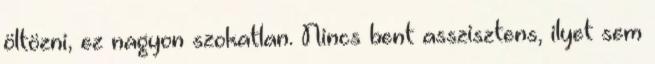
öltözni, ez nagyon szokatlan. Nincs bent asszisztens, ilyet sem